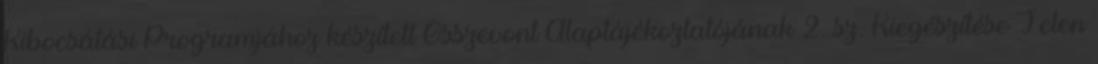
Kibocsátási Programjához készített Összevont Alaptájékoztatójának 2. sz. Kiegészítése Jelen